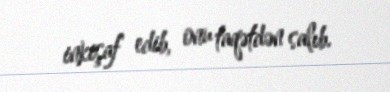
inkişaf edib, onu taqətdən salıb.